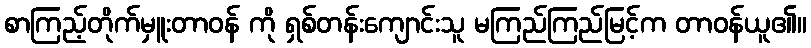
စာကြည့်တိုက်မှူးတာဝန် ကို ရှစ်တန်းကျောင်းသူ မကြည်ကြည်မြင့်က တာဝန်ယူ၏။